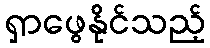
ရှာဖွေနိုင်သည့်